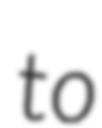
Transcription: to